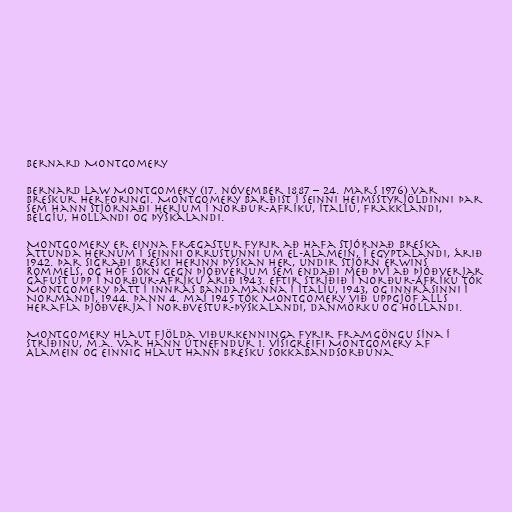
Bernard Montgomery

Bernard Law Montgomery (17. nóvember 1887 – 24. mars 1976) var
breskur herforingi. Montgomery barðist í seinni heimsstyrjöldinni þar
sem hann stjórnaði herjum í Norður-Afríku, Ítalíu, Frakklandi,
Belgíu, Hollandi og Þýskalandi.

Montgomery er einna frægastur fyrir að hafa stjórnað breska
áttunda hernum í seinni orrustunni um El-Alamein, í Egyptalandi, árið
1942. Þar sigraði breski herinn þýskan her, undir stjórn Erwins
Rommels, og hóf sókn gegn Þjóðverjum sem endaði með því að Þjóðverjar
gáfust upp í Norður-Afríku árið 1943. Eftir stríðið í Norður-Afríku tók
Montgomery þátt í innrás bandamanna í Ítalíu, 1943, og innrásinni í
Normandí, 1944. Þann 4. maí 1945 tók Montgomery við uppgjöf alls
herafla Þjóðverja í norðvestur-Þýskalandi, Danmörku og Hollandi.

Montgomery hlaut fjölda viðurkenninga fyrir framgöngu sína í
stríðinu, m.a. var hann útnefndur 1. vísigreifi Montgomery af
Alamein og einnig hlaut hann bresku sokkabandsorðuna.